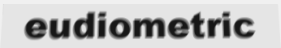
eudiometric